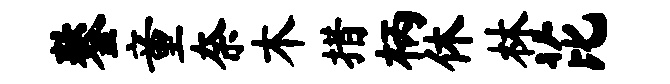
鏊童奈木措柄休林芘